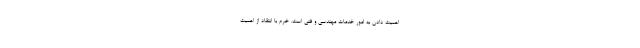
اهمیت دادن به امور خدمات مهندسی و فنی است. خرم با انتقاد از اهمیت